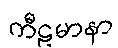
ကီဠမာနာ